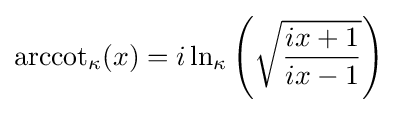
{\rm {arccot}}_{\kappa }(x)=i\ln _{\kappa }\left({\sqrt {\frac {ix+1}{ix-1}}}\right)